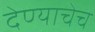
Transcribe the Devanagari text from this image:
देण्याचेच